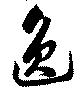
逸